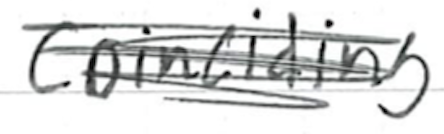
Text: coinciding
Cross-out: mix
Writing tool: ballpoint